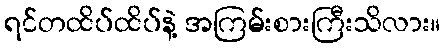
ရင်တထိပ်ထိပ်နဲ့ အကြမ်းစားကြီးသိလား။